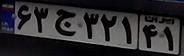
۶۳ج۳۲۱۴۱